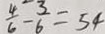
\frac { 4 } { 6 } - \frac { 3 } { 6 } = 5 4